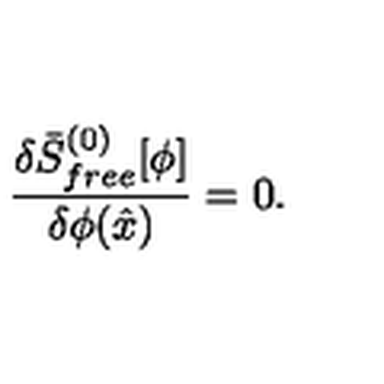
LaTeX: { \frac { \delta \bar { S } _ { f r e e } ^ { ( 0 ) } [ \phi ] } { \delta \phi ( \hat { x } ) } } = 0 .